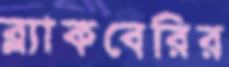
ব্ল্যাকবেরির